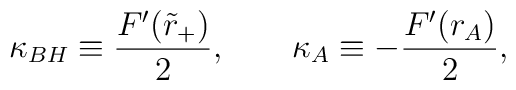
\kappa_{BH}\equiv \frac{F'(\tilde{r}_+)}{2},\qquad\kappa_{A}\equiv -\frac{F'(r_{A})}{2},